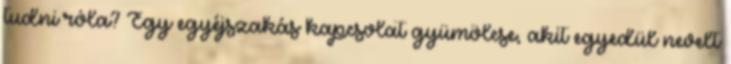
tudni róla? Egy egyéjszakás kapcsolat gyümölcse, akit egyedül nevelt